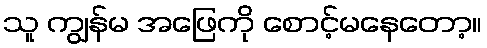
သူ ကျွန်မ အဖြေကို စောင့်မနေတော့။